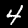
Label: 4